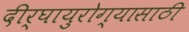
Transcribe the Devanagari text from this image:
दीर्घायुरोग्यासाठी